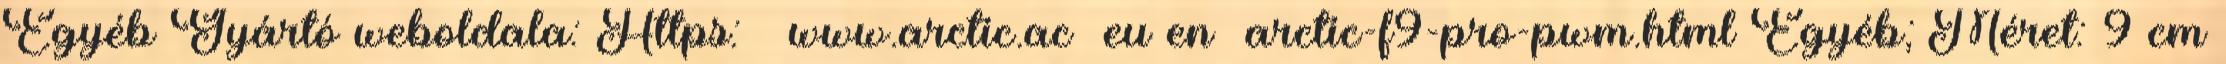
Egyéb Gyártó weboldala: Https: www.arctic.ac eu en arctic-f9-pro-pwm.html Egyéb; Méret: 9 cm